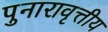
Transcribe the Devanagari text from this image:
पुनारावृत्तीय